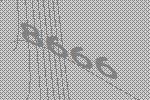
8666